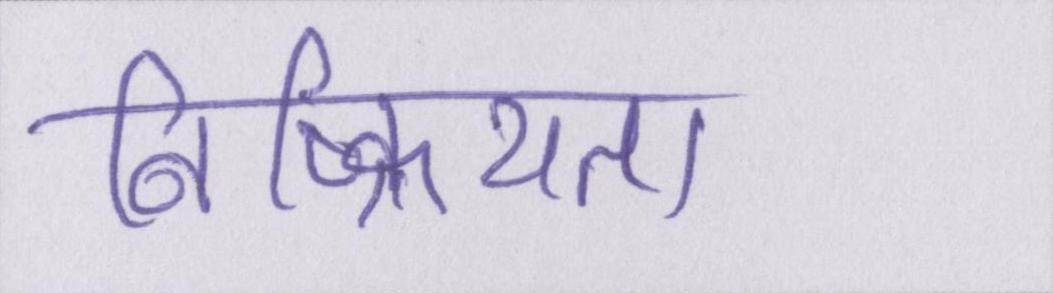
निष्क्रियता